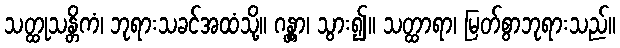
သတ္ထုသန္တိကံ၊ ဘုရားသခင်အထံသို့။ ဂန္တွာ၊ သွား၍။ သတ္ထာရာ၊ မြတ်စွာဘုရားသည်။